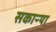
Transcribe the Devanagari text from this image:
सकाऱ्या